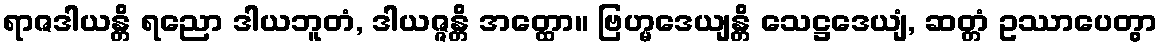
ရာဇဒါယန္တိ ရညော ဒါယဘူတံ, ဒါယဇ္ဇန္တိ အတ္ထော။ ဗြဟ္မဒေယျန္တိ သေဋ္ဌဒေယျံ, ဆတ္တံ ဥဿာပေတွာ